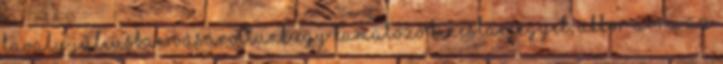
tavaly júliusban vásároltunk egy kamatozó kincstárjegyet, akkor arra az